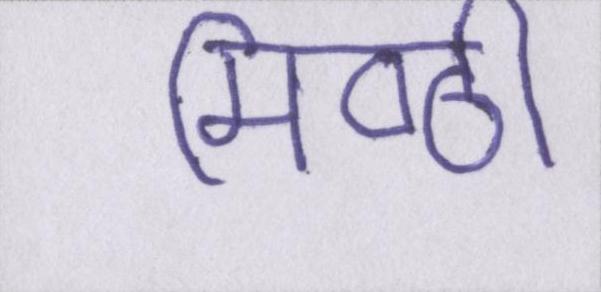
मिष्ठी